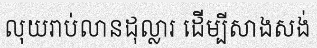
លុយរាប់លានដុល្លារ ដើម្បីសាងសង់